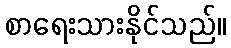
စာရေးသားနိုင်သည်။